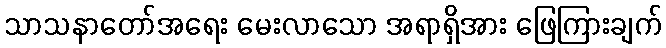
သာသနာတော်အရေး မေးလာသော အရာရှိအား ဖြေကြားချက်